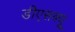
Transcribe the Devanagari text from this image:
डीएसक्यू